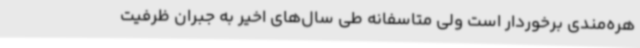
هره‌مندی برخوردار است ولی متاسفانه طی سال‌های اخیر به جبران ظرفیت